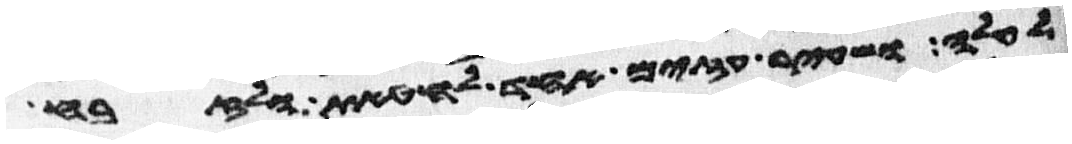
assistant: לעלה ושעיר עזים אחד לחטאת ולזבח